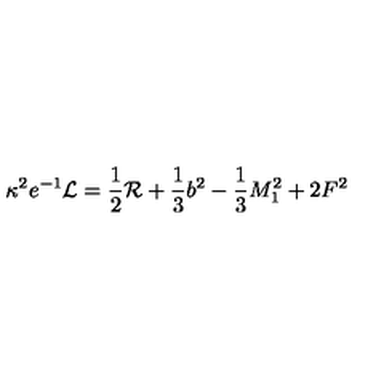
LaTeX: \kappa ^ { 2 } e ^ { - 1 } { \cal { L } } = \frac { 1 } { 2 } { \cal { R } } + \frac { 1 } { 3 } b ^ { 2 } - \frac { 1 } { 3 } M _ { 1 } ^ { 2 } + 2 F ^ { 2 }